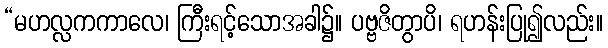
“မဟလ္လကကာလေ၊ ကြီးရင့်သောအခါ၌။ ပဗ္ဗဇိတွာပိ၊ ရဟန်းပြု၍လည်း။